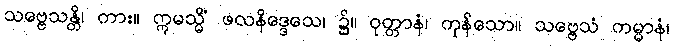
သဗ္ဗေသန္တိ၊ ကား။ ဣမသ္မိံ ဖလနိဒ္ဒေသေ၊ ၌။ ဝုတ္တာနံ၊ ကုန်သော။ သဗ္ဗေသံ ကမ္မာနံ၊